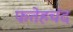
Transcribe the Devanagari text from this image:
फतेहचंद